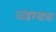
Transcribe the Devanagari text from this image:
धाडण्याचा